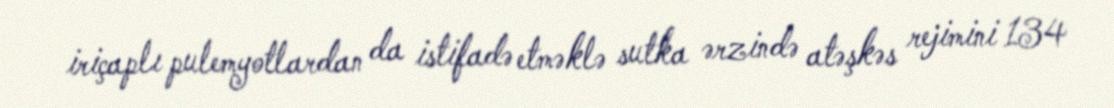
iriçaplı pulemyotlardan da istifadə etməklə sutka ərzində atəşkəs rejimini 134